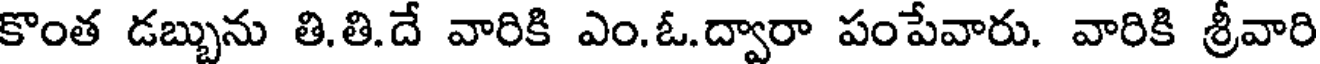
కొంత డబ్బును తి.తి.దే వారికి ఎం.ఓ.ద్వారా పంపేవారు. వారికి శ్రీవారి